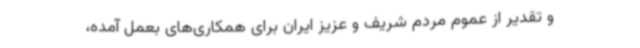
و تقدیر از عموم مردم شریف و عزیز ایران برای همکاری‌های بعمل آمده،